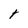
Character: t